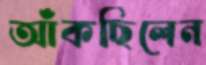
আঁকছিলেন